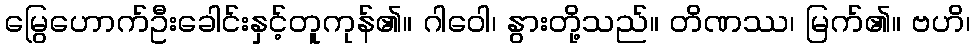
မြွေဟောက်ဦးခေါင်းနှင့်တူကုန်၏။ ဂါဝေါ၊ နွားတို့သည်။ တိဏဿ၊ မြက်၏။ ဗဟိ၊